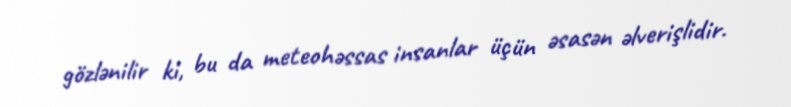
gözlənilir ki, bu da meteohəssas insanlar üçün əsasən əlverişlidir.